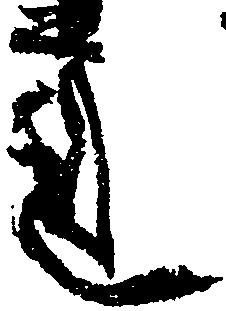
蓮